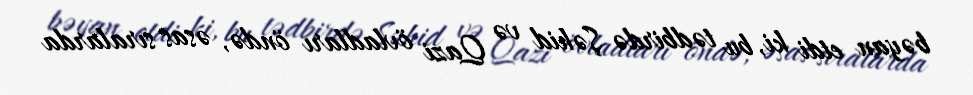
bəyan etdi ki, bu tədbirdə Şəhid və Qazi övladları öndə, əsas sıralarda